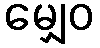
မျှေဝ